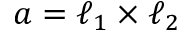
\boldsymbol { a } = \boldsymbol { \ell } _ { 1 } \times \boldsymbol { \ell } _ { 2 }